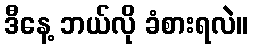
ဒီနေ့ ဘယ်လို ခံစားရလဲ။